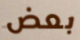
بعض